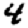
Digit: 4